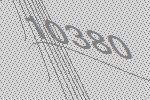
10380